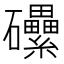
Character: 𥗼